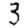
Digit: 3